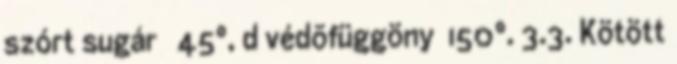
szórt sugár  45°, d védõfüggöny 150°. 3.3. Kötött